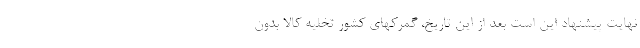
نهایت پیشنهاد این است بعد از این تاریخ، گمرکهای کشور تخلیه کالا بدون